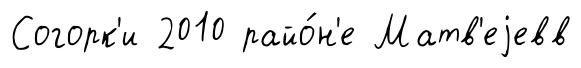
Согорк'и 2010 райо́н'е Матв'еjевв